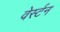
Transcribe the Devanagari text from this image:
वेर्स्‍टन